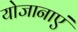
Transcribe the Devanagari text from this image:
योजानाएं